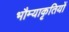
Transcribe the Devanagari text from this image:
भौम्याकृतियों